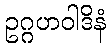
ဥဂ္ဂဟဝါဒိနံ